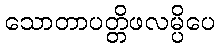
သောတာပတ္တိဖလမ္ပိပေ